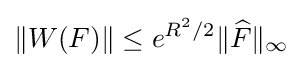
\|W(F)\|\leq e^{R^{2}/2}\|{\widehat {F}}\|_{\infty }